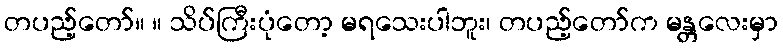
တပည့်တော်။ ။ သိပ်ကြီးပုံတော့ မရသေးပါဘူး၊ တပည့်တော်က မန္တလေးမှာ